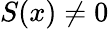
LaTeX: S(x)\neq 0